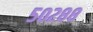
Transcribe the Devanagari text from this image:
५०२८८